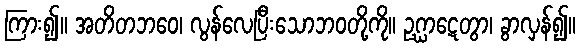
ကြား၍။ အတိတဘဝေ၊ လွန်လေပြီးသောဘဝတို့ကို။ ဥဂ္ဃာဋေတွာ၊ ခွာလှန်၍။